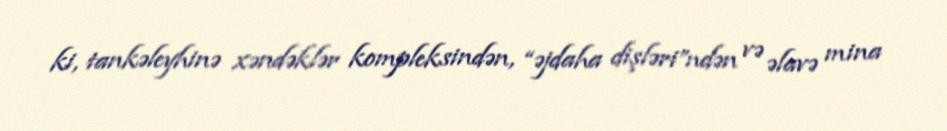
ki, tankəleyhinə xəndəklər kompleksindən, “əjdaha dişləri”ndən və əlavə mina